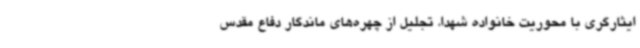
ایثارگری با محوریت خانواده شهدا، تجلیل از چهره‌های ماندگار دفاع مقدس